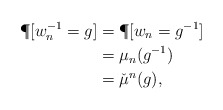
\begin{align*}\P[w_n^{-1} = g ] &= \P[w_n = g^{-1} ] \\&= \mu_n(g^{-1}) \\&= \check{\mu}^n(g),\end{align*}